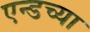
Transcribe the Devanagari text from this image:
एन्डच्या